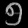
Digit: ၅